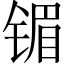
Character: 镅